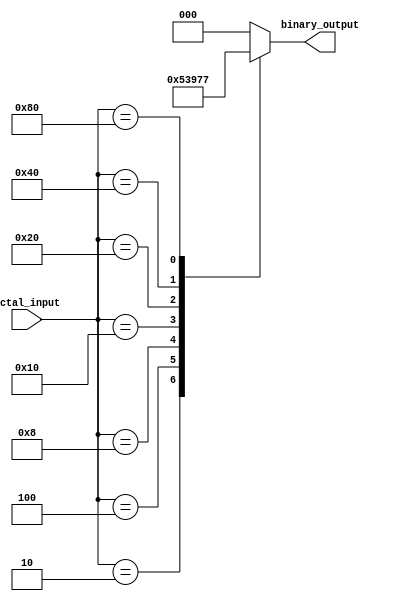
module octal_to_binary_encoder (
    input  wire [7:0] octal_input,  // 8-bit octal input
    output reg  [2:0] binary_output   // 3-bit binary output
);

    always @(*) begin
        case (octal_input)
            8'b00000001: binary_output = 3'b000; // octal 0
            8'b00000010: binary_output = 3'b001; // octal 1
            8'b00000100: binary_output = 3'b010; // octal 2
            8'b00001000: binary_output = 3'b011; // octal 3
            8'b00010000: binary_output = 3'b100; // octal 4
            8'b00100000: binary_output = 3'b101; // octal 5
            8'b01000000: binary_output = 3'b110; // octal 6
            8'b10000000: binary_output = 3'b111; // octal 7
            default: binary_output = 3'b000;      // Default case (no input)
        endcase
    end

endmodule